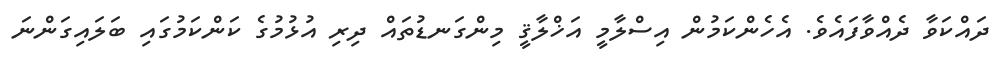
ދައްކަވާ ދެއްވާފައެވެ. އެހެންކަމުން އިސްލާމީ އަޚްލާޤީ މިންގަނޑުތައް ދިރި އުޅުމުގެ ކަންކަމުގައި ބަލައިގަންނަ